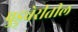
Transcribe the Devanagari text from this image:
पुडुचेरीतील